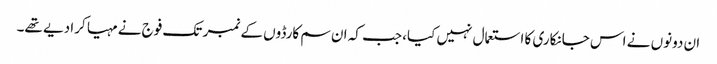
ان دونوں نے اس جانکاری کا استعمال نہیں کیا، جب کہ ان سم کارڈوں کے نمبر تک فوج نے مہیا کرا دیے تھے۔